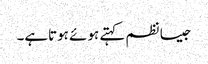
جیسا نظم کہتے ہوئے ہوتاہے۔